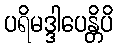
ပရိမဒ္ဒါပေန္တိပိ